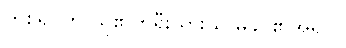
တစ်ရုပ်က သူ၏ကိုရီးယားသူ မိခင်၏အရုပ်။